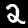
Label: 2